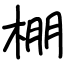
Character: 棚